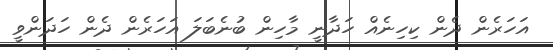
އަހަރެން ދެން ކިހިނެއް ހަދާނީ މާހިން ބުނެބަލަ އަހަރެން ދެން ހަދަންވީ